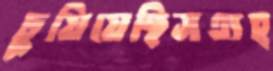
চুয়িয়েছিসএ্যহ